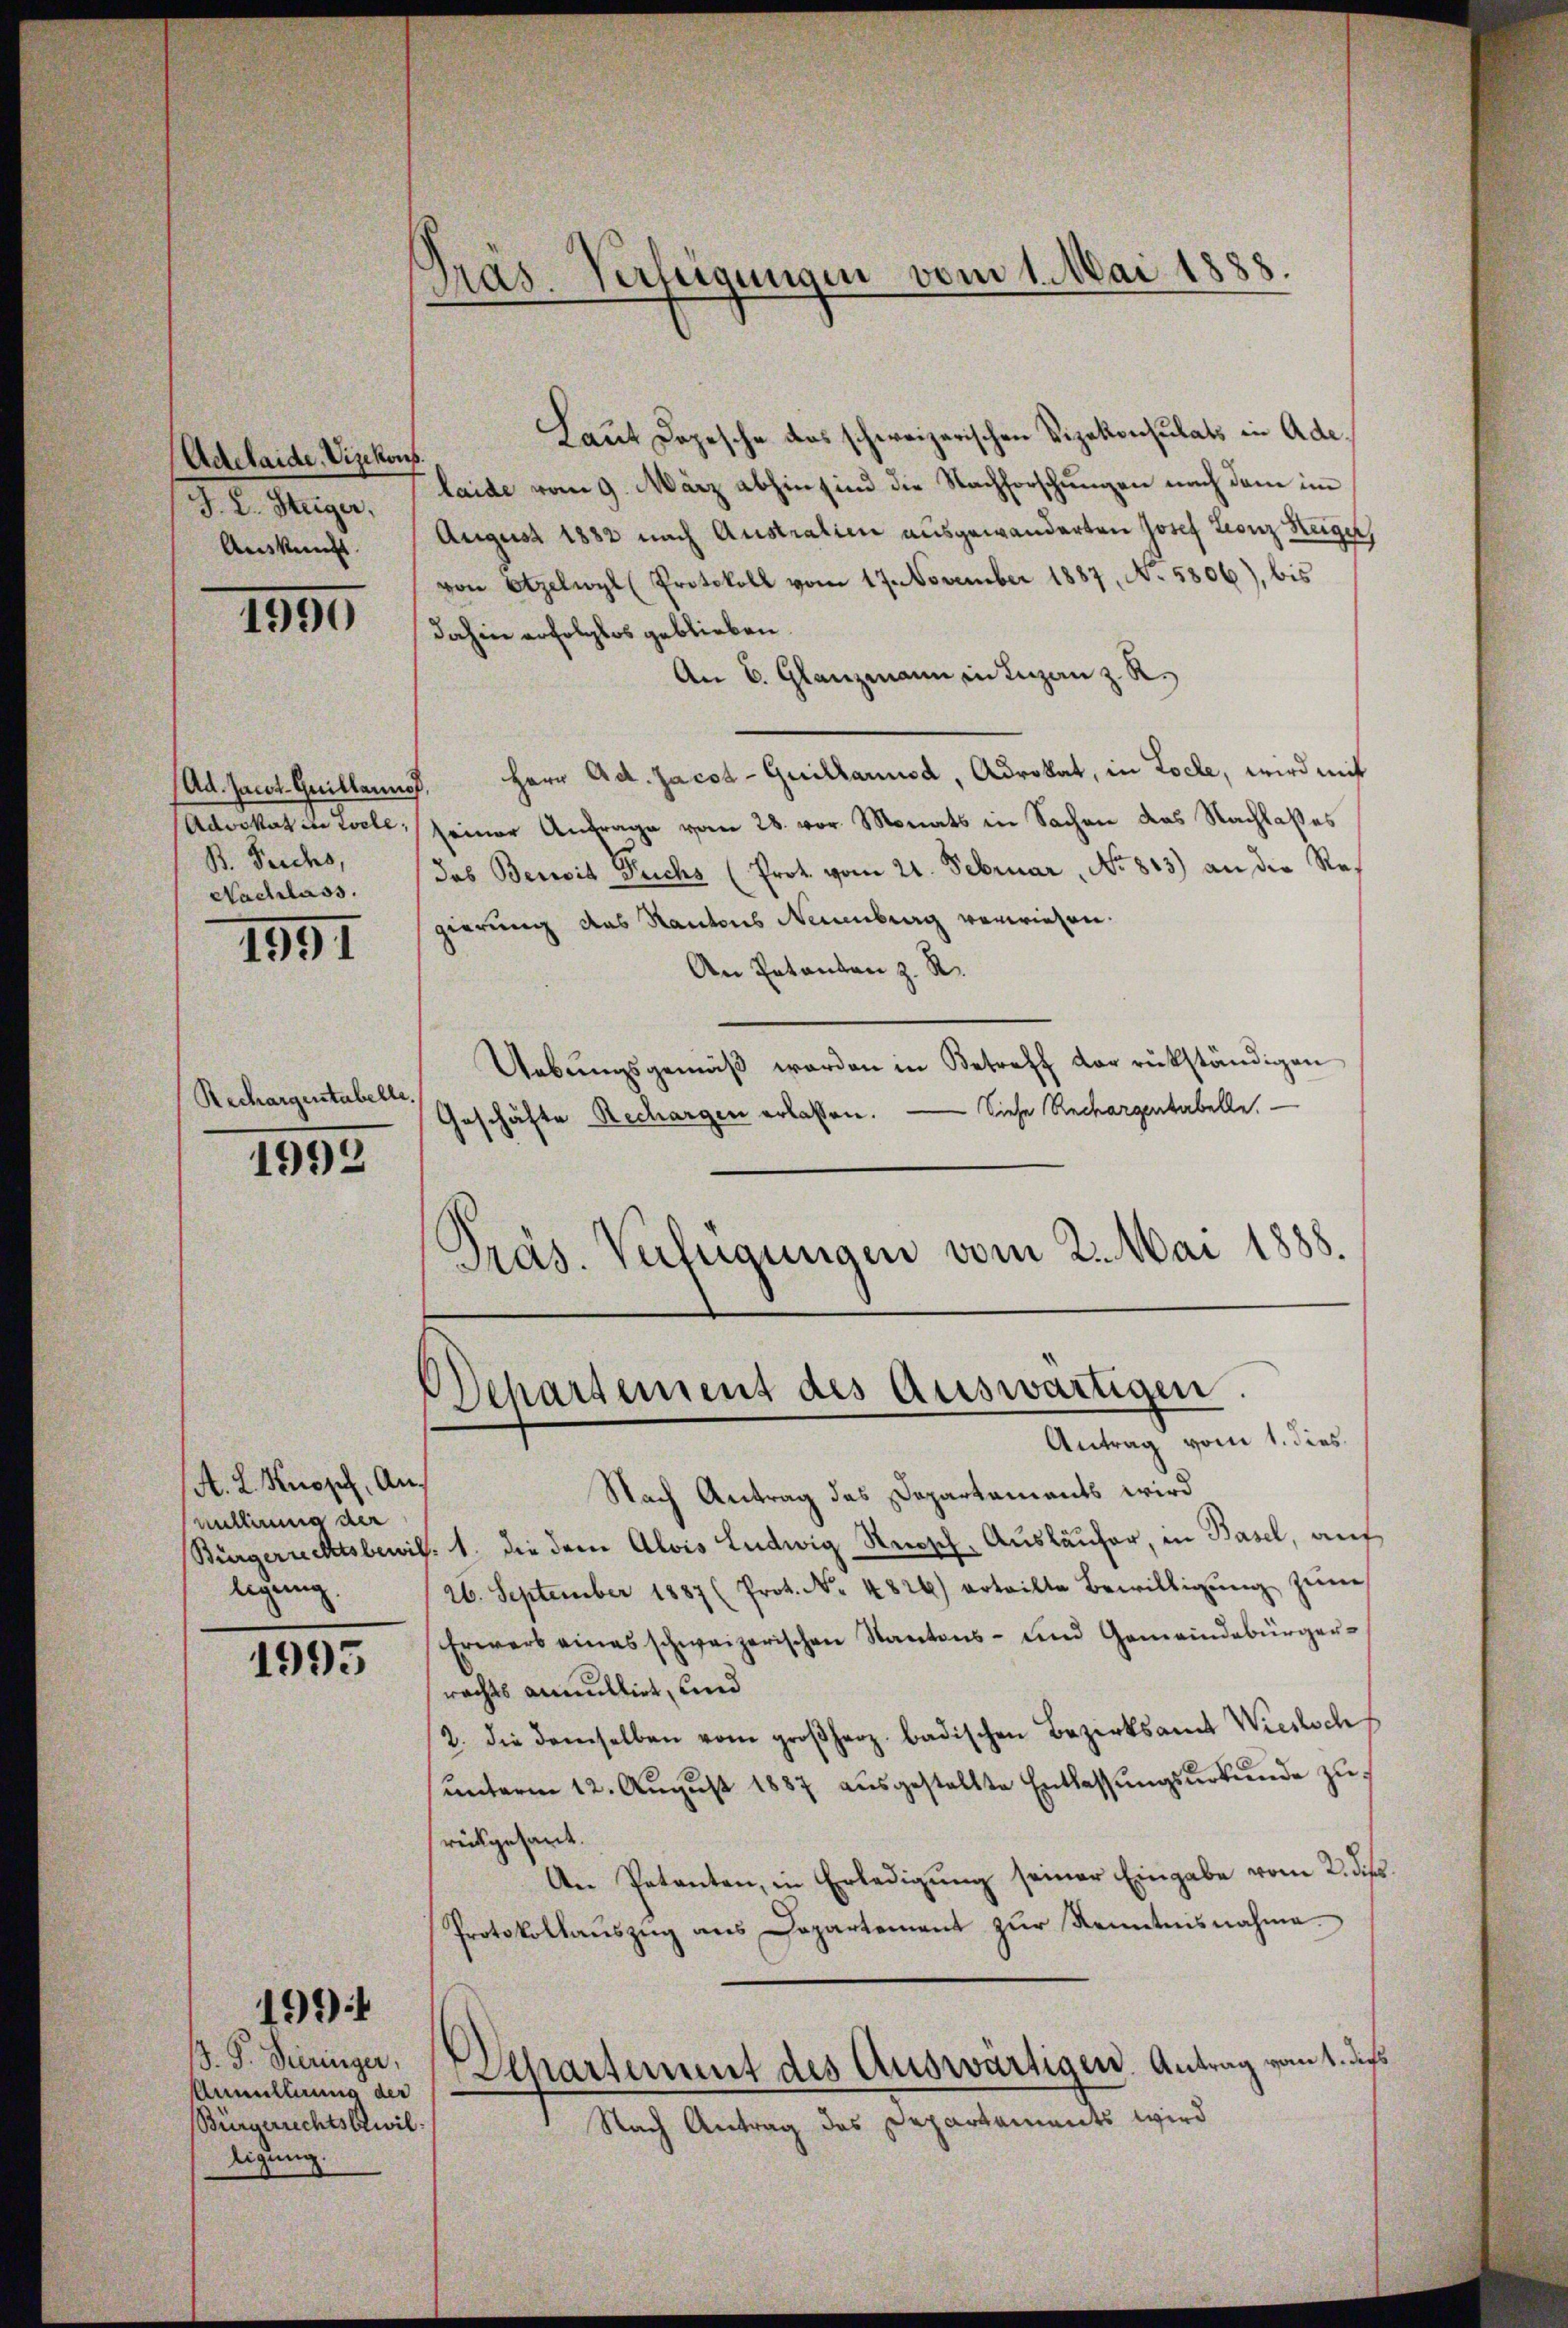
Adelaide. Vizekon
J. L. Steiger,
Auskunft.

1890

Ad. Jacot-Guillarius
Advokat in Woche,
B. Teichs,
Nachlass.

1991

Rechargenstabelle.

1995

A. L. Knopf, Anuntterung der
ligung.

1995

1991

. P. Bieringer,
Annulliuno der
Bürgerrechtsbewil
ligung.

Präs. Verfügungen vom 1. Mai 1888.

Laut Depesche das schweizerischen Vizekonsulats in Ade¬
.
laide vom 9. März abhin sind die Nachforschungen nach dem im
August 1882 nach Australien ausgewanderten Josef Leonz Heiger,
von Etzelwyl (Protokoll vom 17. November 1887, No. 5806), bis
dahin erfolglos geblieben.
An 6. Glanzmann in Luzan z. R.
Herr Ad. Jacob - Guillariosa, Advokat, in Locle, wird mit
.
seiner Anfrage vom 28. vor. Monats in Sachen das Nachlaßes
das Bereit Fuchs (Prot. vom 21. Februar, No. 813) an die Regierung das Kantons Neuenburg verwiesen.
An Entanten z. R.
Uebŭngsgemäβ worden in Betreff der rükständigen
Geschäfte Rechargen erlassen. — Siehe Rechargentabelle
Präs. Verfügungen vom 2. Mai 1888.

Departement des Auswärtigen.
Antrag vom 1. dies

Nach Antrag des Departements wird
Bürgerichtsbewil. 1. die dem Alois Ludwig Reisch, Ausläufer, in Basel, auf
26. September 1887 (Prot. No. 4826) erteilte Bewilligŭng zŭm
Erwerb eines schweizerischen Kantons- und Gemeindebürger-
rachts annullirt, und
2. die demselben vom großherz badischen Bezirksamt Wiecksch
ŭnterm 12. Aŭgŭst 1887 aŭsgestellte Entlassŭngsŭrkŭnde zurückgesant.
An Petenten, in Erledigung seiner Eingabe vom 2. ds.
Protokollaŭszŭg ans Departement zŭr Kenntnisnahme.
Departement des Auswärtigen. Antrag vom 1. die
Nach Antrag des Departements wird